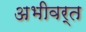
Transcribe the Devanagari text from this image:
अभीवर्त